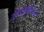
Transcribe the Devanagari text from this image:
गुंतवणुकीवरची